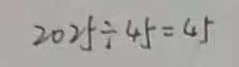
2 0 2 5 \div 4 5 = 4 5